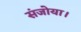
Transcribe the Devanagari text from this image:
संजोया।